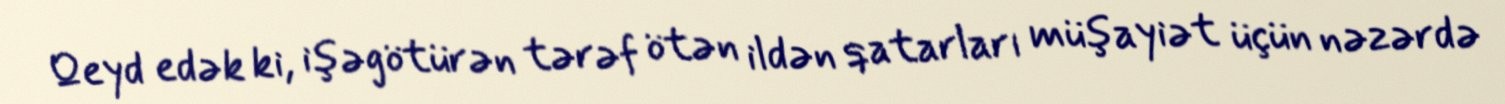
Qeyd edək ki, işəgötürən tərəf ötən ildən qatarları müşayiət üçün nəzərdə